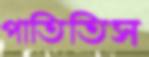
পাতিতিস